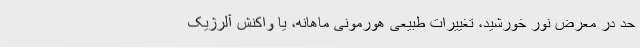
حد در معرض نور خورشید، تغییرات طبیعی هورمونی ماهانه، یا واکنش آلرژیک